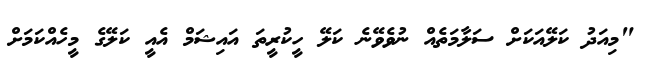
"މިއަދު ކަލޭއަކަށް ސަލާމަތެއް ނުވެވޭނެ ކަލޭ ހީކުރީތަ އައިޝަމް އެއީ ކަލޭގެ މީހެއްކަމަށް